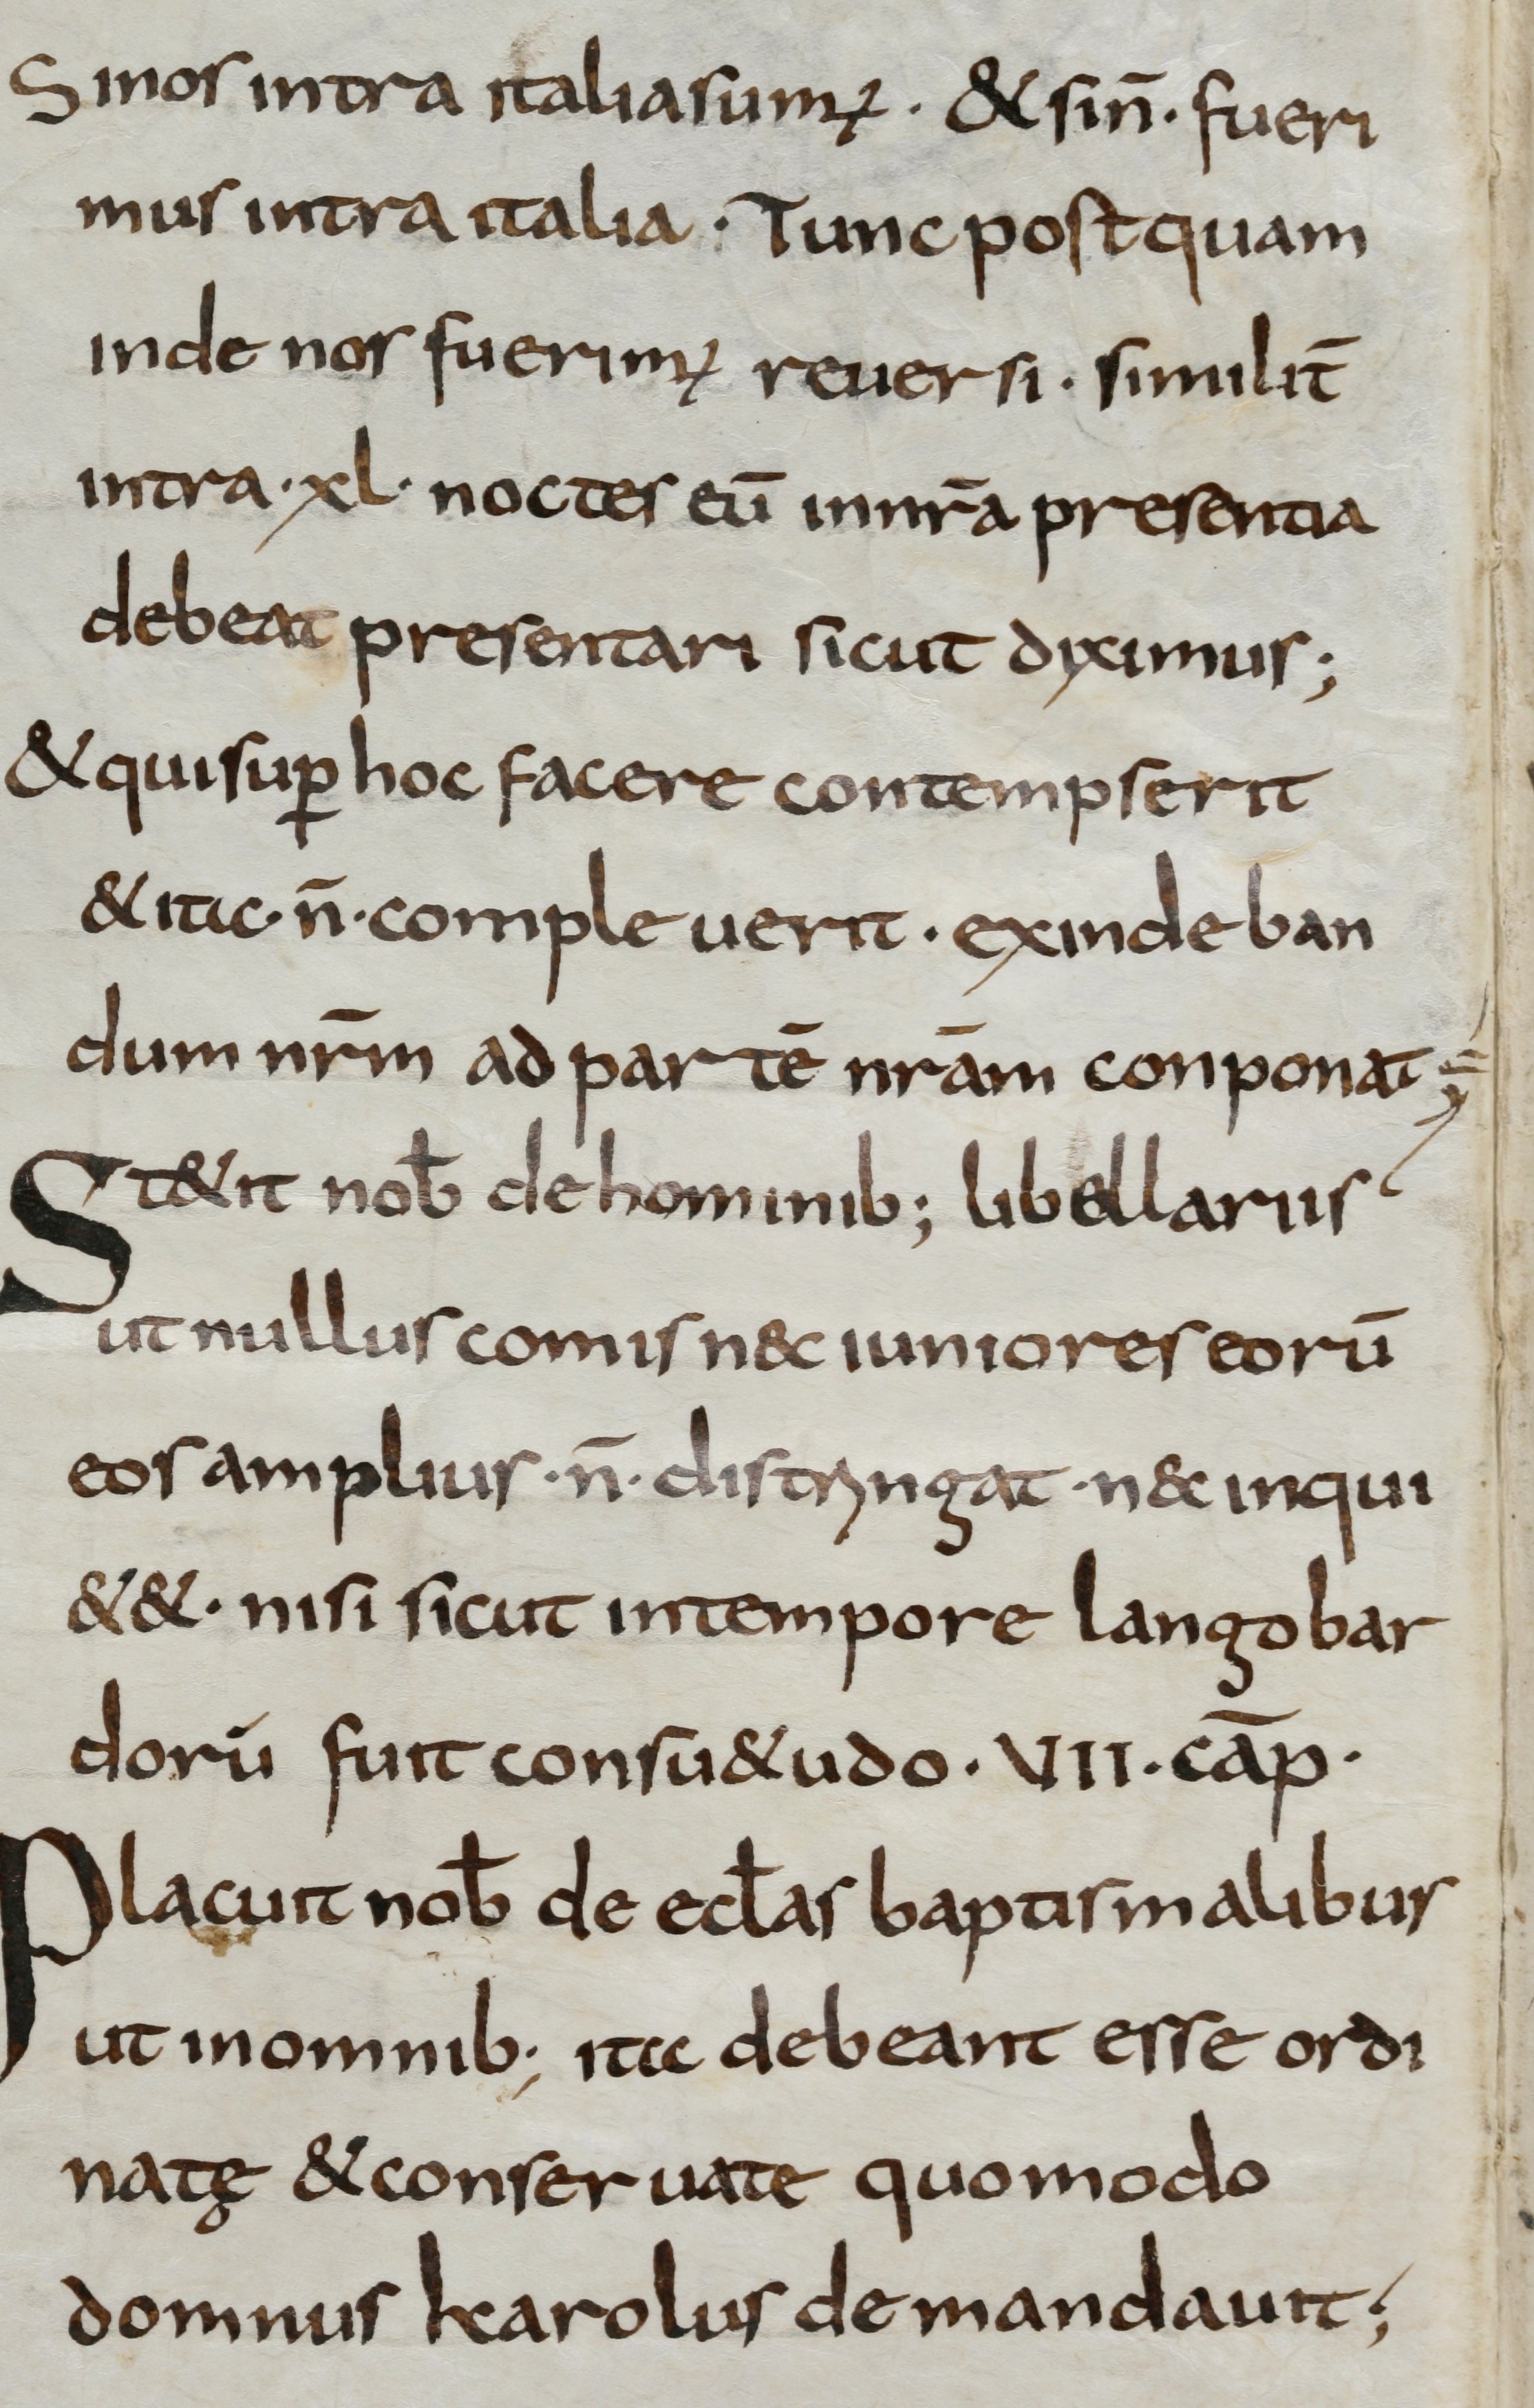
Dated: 800–825